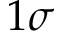
1 \sigma